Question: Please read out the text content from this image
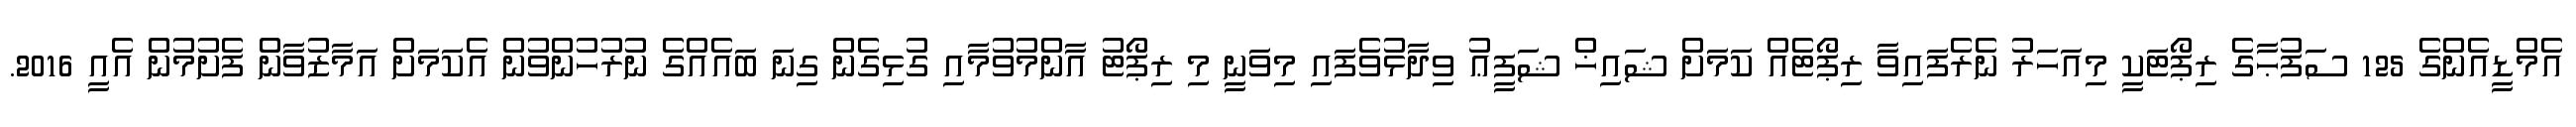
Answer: އެމްޑީއެންގެ 125 ސަފުޙާގެ ރިޕޯޓަކީ މިއަހަރު ނެރެފައިވާ ރިޕޯޓެއް ކަމަށް ޝައިޚް ޝަފީޢު ވިދާޅުވެފައި މިވަނީ މި ރިޕޯޓު އާންމުވުމާއި ގުޅިގެން ގިނަ ބައެއްގެ ނުރުހުންވުން އެކަމަށް އަމާޒުވާން ފެށުމުން އެއީ 2016.